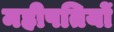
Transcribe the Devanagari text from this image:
महीपतियों